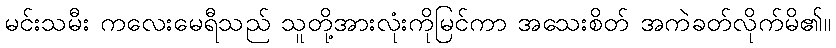
မင်းသမီး ကလေးမေရီသည် သူတို့အားလုံးကိုမြင်ကာ အသေးစိတ် အကဲခတ်လိုက်မိ၏။